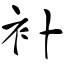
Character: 补